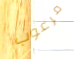
مرعوب